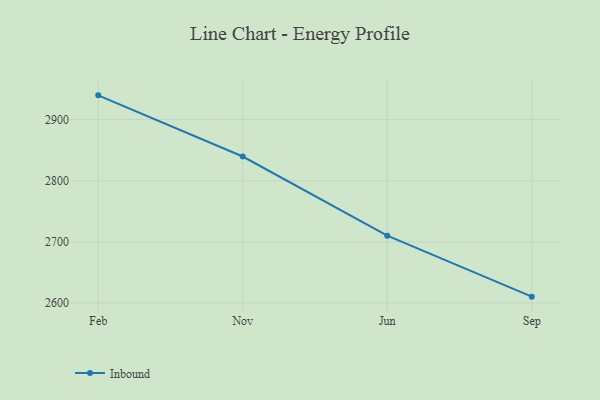
{"axis": {"x": "Month", "y": "Bounce Rate (%)"}, "legend": ["Inbound"], "data": [{"x": "Feb", "y": 2939.6, "type": "Inbound"}, {"x": "Nov", "y": 2839.6, "type": "Inbound"}, {"x": "Jun", "y": 2710.1, "type": "Inbound"}, {"x": "Sep", "y": 2610.4, "type": "Inbound"}]}